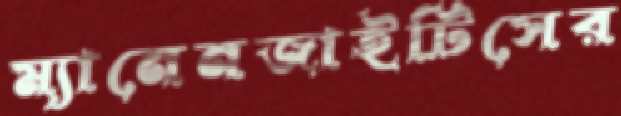
ম্যানেনজাইটিসের